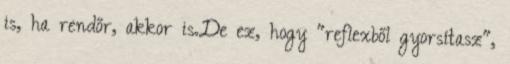
is, ha rendőr, akkor is.De ez, hogy "reflexből gyorsítasz",